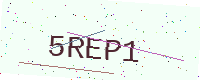
Text: 5REP1